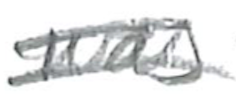
Text: was
Cross-out: double-line
Writing tool: pencil